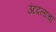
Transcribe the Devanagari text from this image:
उंटदलाचा